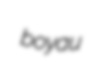
boyau